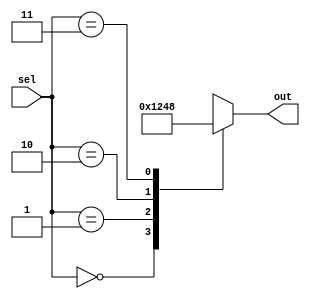
module parallel_case_statement (
    input wire [1:0] sel,
    output reg [3:0] out
);

always @*
begin
    case (sel)
        2'b00: out = 4'b0001;
        2'b01: out = 4'b0010;
        2'b10: out = 4'b0100;
        2'b11: out = 4'b1000;
        default: out = 4'bXXXX; // Default case handling
    endcase
end

endmodule